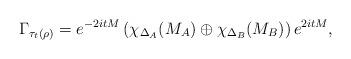
LaTeX: \begin{align*}\Gamma_{\tau_t(\rho)} = e^{-2itM} \left( \chi_{\Delta_A}(M_A) \oplus \chi_{\Delta_B}(M_B) \right) e^{2itM},\end{align*}